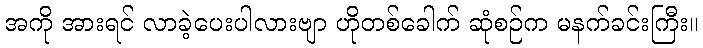
အကို အားရင် လာခဲ့ပေးပါလားဗျာ ဟိုတစ်ခေါက် ဆုံစဉ်က မနက်ခင်းကြီး။